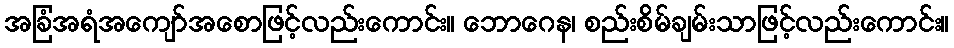
အခြံအရံအကျော်အစောဖြင့်လည်းကောင်း။ ဘောဂေန၊ စည်းစိမ်ချမ်းသာဖြင့်လည်းကောင်း။